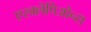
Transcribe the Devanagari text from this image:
एस्क्लेपिओन्स